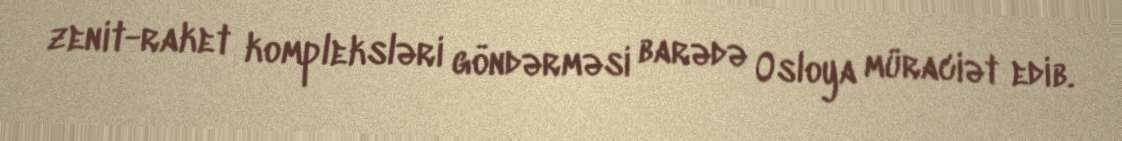
zenit-raket kompleksləri göndərməsi barədə Osloya müraciət edib.